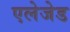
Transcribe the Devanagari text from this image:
एलेजेड